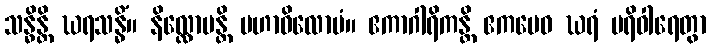
သန္ဓိန္တိ ဃရသန္ဓိံ။ နိလ္လောပန္တိ မဟာဝိလောပံ။ ဧကာဂါရိကန္တိ ဧကမေဝ ဃရံ ပရိဝါရေတွာ